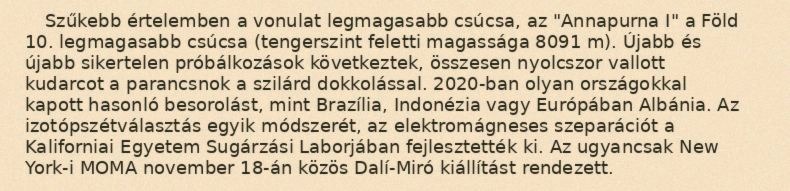
Szűkebb értelemben a vonulat legmagasabb csúcsa, az "Annapurna I" a Föld 10. legmagasabb csúcsa (tengerszint feletti magassága 8091 m). Újabb és újabb sikertelen próbálkozások következtek, összesen nyolcszor vallott kudarcot a parancsnok a szilárd dokkolással. 2020-ban olyan országokkal kapott hasonló besorolást, mint Brazília, Indonézia vagy Európában Albánia. Az izotópszétválasztás egyik módszerét, az elektromágneses szeparációt a Kaliforniai Egyetem Sugárzási Laborjában fejlesztették ki. Az ugyancsak New York-i MOMA november 18-án közös Dalí-Miró kiállítást rendezett.